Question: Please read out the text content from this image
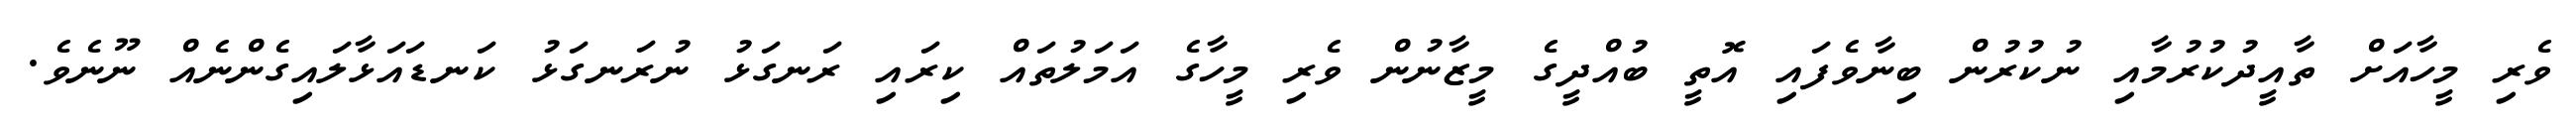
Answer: ވެރި މީހާއަށް ތާއީދުކުރުމާއި ނުކުރުން ބިނާވެފައި އޮތީ ބުއްދީގެ މީޒާނުން ވެރި މީހާގެ އަމަލުތައް ކިރައި ރަނގަޅު ނުރަނގަޅު ކަނޑައަޅާލައިގެންނެއް ނޫނެވެ.